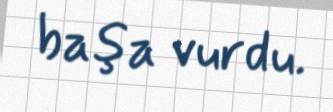
başa vurdu.